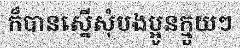
ក៏បានស្នើសុំបងប្អូនក្មួយៗ